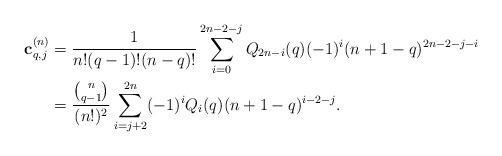
LaTeX: \begin{align*}\textbf{c}_{q,j}^{(n)}&=\frac{1}{n!(q-1)!(n-q)!}\sum_{i=0}^{2n-2-j}Q_{2n-i}(q)(-1)^i(n+1-q)^{2n-2-j-i}\\&=\frac{\binom{n}{q-1}}{(n!)^2}\sum_{i=j+2}^{2n}(-1)^iQ_i(q)(n+1-q)^{i-2-j}.\end{align*}